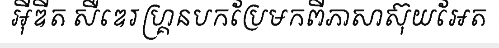
អ៊ីឌីត សឺឌេរហ្គ្រនបកប្រែមកពីភាសាស៊ុយអែត